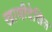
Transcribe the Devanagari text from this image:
खाणीदेखिल